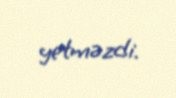
yetməzdi.